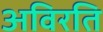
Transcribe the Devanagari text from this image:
अविरति